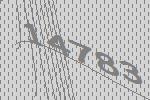
14783